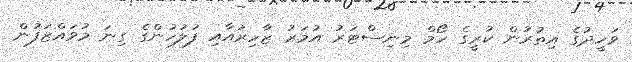
ވަހީދުގެ އިތުރުން ކުރީގެ ހޯމް މިނިސްޓަރު އުމަރު ޒާހިރުއާއި ފުލުހުންގެ ގިނަ މުވައްޒަފުން